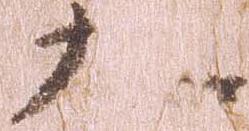
九